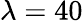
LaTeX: \lambda=40